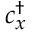
c _ { x } ^ { \dagger }